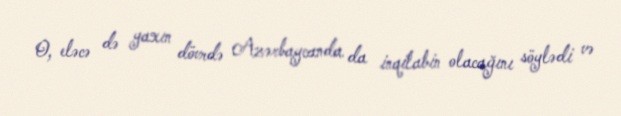
O, eləcə də yaxın dövrdə Azərbaycanda da inqilabin olacağını söylədi və